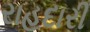
રાહદારી